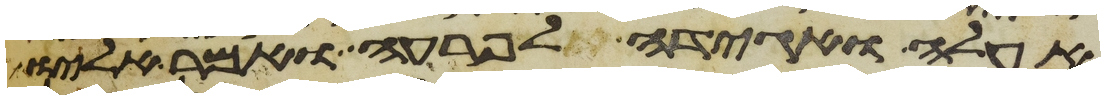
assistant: אעלה ואגידה לפרעה ואמר אליו